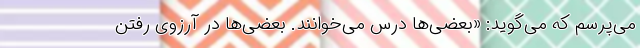
می‌پرسم که می‌گوید: «بعضی‌ها درس می‌خوانند. بعضی‌ها در آرزوی رفتن